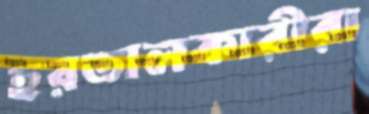
হরতালকারীরা